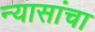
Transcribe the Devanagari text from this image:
न्यासांचा